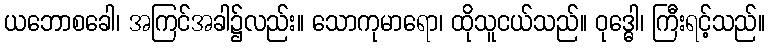
ယဘောစခေါ၊ အကြင်အခါ၌လည်း။ သောကုမာရော၊ ထိုသူငယ်သည်။ ဝုဒ္ဓေါ၊ ကြီးရင့်သည်။